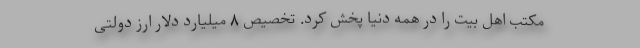
مکتب اهل بیت را در همه دنیا پخش کرد. تخصیص ۸ میلیارد دلار ارز دولتی